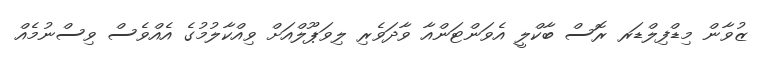
ޒުވާން މިޑްފިލްޑަރ ރޮސް ބާކްލީ އެވަންޓަންއާ ވާދަވެރި ލިވަޕޫލްއަށް ވިއްކާލުމުގެ އެއްވެސް ވިސްނުމެއް